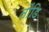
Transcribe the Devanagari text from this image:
तोंडि